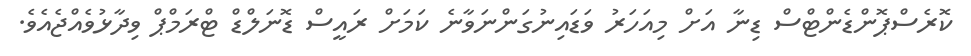
ކޮރެސްޕޮންޑެންޓްސް ޑިނާ އަށް މިއަހަރު ވަޑައިނުގަންނަވާނެ ކަމަށް ރައީސް ޑޮނަލްޑް ޓްރަމްޕް ވިދާޅުވެއްޖެއެެވެ.